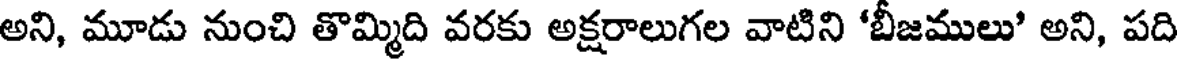
అని, మూడు నుంచి తొమ్మిది వరకు అక్షరాలుగల వాటిని 'బీజములు' అని, పది